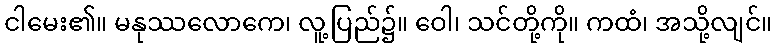
ငါမေး၏။ မနုဿလောကေ၊ လူ့ပြည်၌။ ဝေါ၊ သင်တို့ကို။ ကထံ၊ အသို့လျင်။